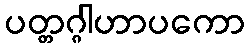
ပတ္တဂ္ဂါဟာပကော